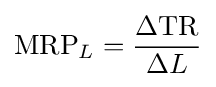
{\text{MRP}}_{L}={\frac {\Delta {\text{TR}}}{\Delta L}}